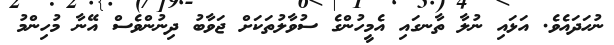
ނުހަދައެވެ. އަޅައި ނުލާ ތާނގައި އެމީހުންގެ ސުވާލުތަކަށް ޖަވާބު ދިނުންވެސް އޭނާ މުހިންމު